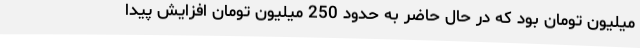
میلیون تومان بود که در حال حاضر به حدود 250 میلیون تومان افزایش پیدا